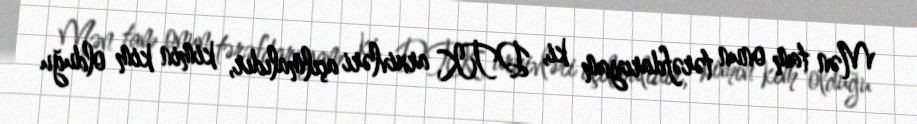
Mən tam onun tərəfdarıyam ki, DTK arxivləri açılmalıdır, kimin kim olduğu